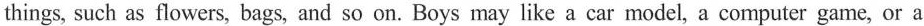
things, such as flowers, bags, and so on. Boys may like a car model, a computer game, or a